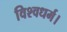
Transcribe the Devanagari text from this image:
विश्वधर्म।